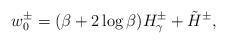
LaTeX: \begin{align*}w_0^\pm=(\beta+2\log\beta) H_\gamma^\pm+\tilde H^\pm,\end{align*}